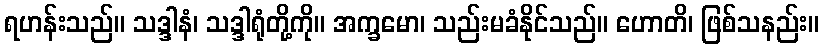
ရဟန်းသည်။ သဒ္ဒါနံ၊ သဒ္ဒါရုံတို့ကို။ အက္ခမော၊ သည်းမခံနိုင်သည်။ ဟောတိ၊ ဖြစ်သနည်း။